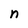
Character: n